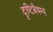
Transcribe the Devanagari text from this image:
दृष्टिबैषम्य